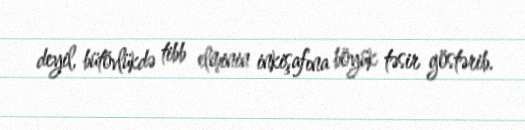
deyil, bütövlükdə tibb elminin inkişafına böyük təsir göstərib.